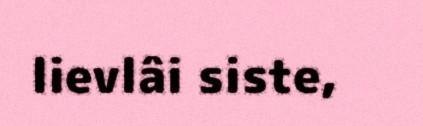
lievlâi siste,